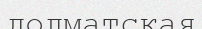
долматская